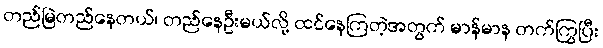
တည်မြဲတည်နေတယ်၊ တည်နေဦးမယ်လို့ ထင်နေကြတဲ့အတွက် မာန်မာန တက်ကြွပြီး